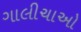
ગાલીચાઓ